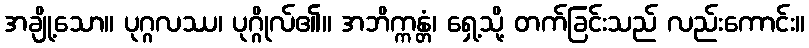
အချို့သော။ ပုဂ္ဂလဿ၊ ပုဂ္ဂိုလ်၏။ အဘိက္ကန္တံ၊ ရှေ့သို့ တက်ခြင်းသည် လည်းကောင်း။